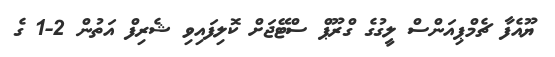
ޔޫއެފާ ޗެމްޕިއަންސް ލީގުގެ ގްރޫޕް ސްޓޭޖަށް ކޮލިފައިވި ޝެރިފް އަތުން 2-1 ގެ